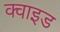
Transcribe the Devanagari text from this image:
क्वाइड